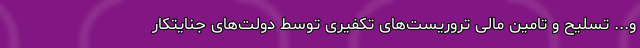
و... تسلیح و تامین مالی تروریست‌های تکفیری توسط دولت‌های جنایتکار